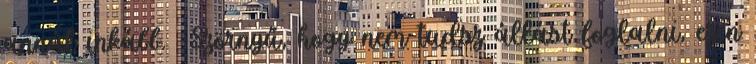
annál inkább. -Szörnyű, hogy nem tudsz állást foglalni, ezen